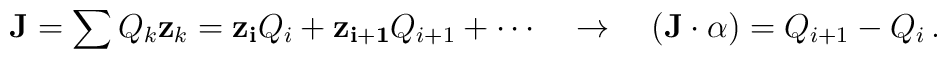
{\bf J} = \sum Q_k {\bf z}_k =   {\bf z_i} Q_i +{\bf z_{i+1}} Q_{i+1} + \cdots  \quad \to \quad ({\bf J}\cdot \alpha ) =   Q_{i+1} - Q_i \,.